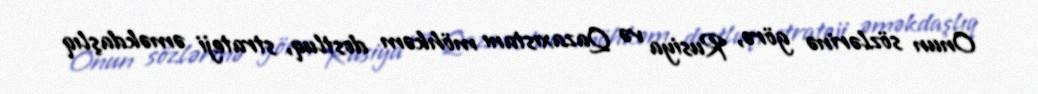
Onun sözlərinə görə, Rusiya və Qazaxıstanı möhkəm dostluq, strateji əməkdaşlıq